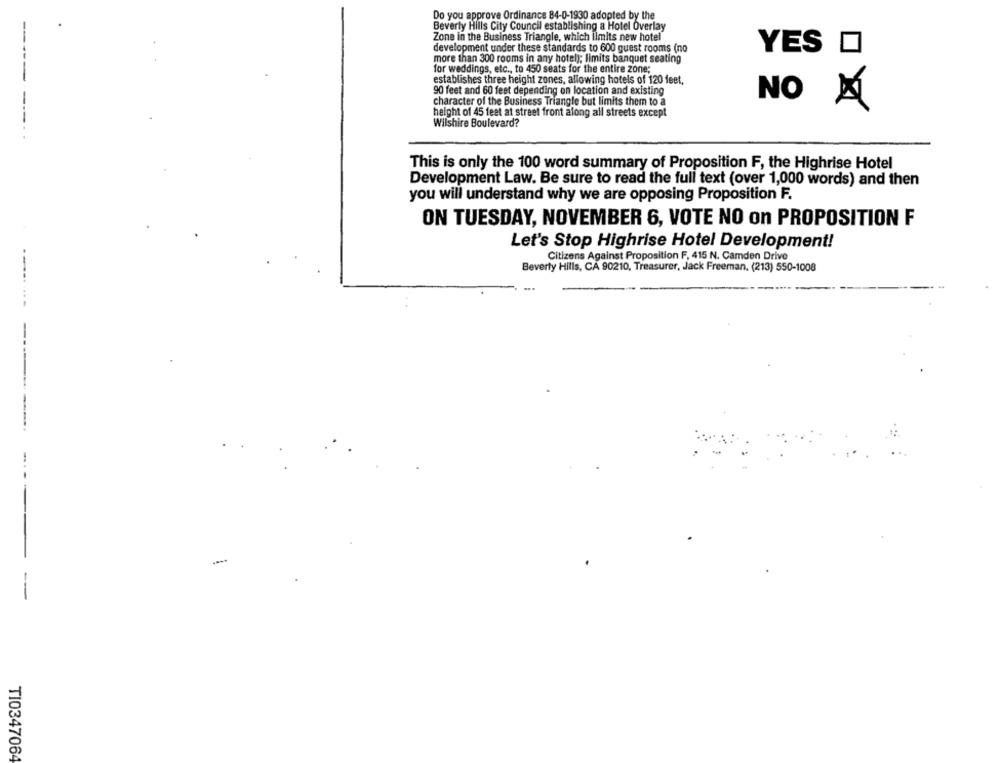
Do you approve Ordinance 84-0-1930 adopted by the
Beverly Hills City Council establishing a Hotel Overlay
Zone in the Business Triangle, which limits new hotel
development under these standards to 600 guest rooms (no
YES O
more than 300 rooms in any hotel); limits banquet seating
for weddings, etc ., to 450 seats for the entire zone;
establishes three height zones, allowing hotels of 120 feet,
90 feet and 60 feet depending on location and existing
character of the Business Triangle but limits them to a
NO Á
height of 45 feet at street front along all streets except
Wilshire Boulevard?
This is only the 100 word summary of Proposition F, the Highrise Hotel
Development Law. Be sure to read the full text (over 1,000 words) and then
you will understand why we are opposing Proposition F.
ON TUESDAY, NOVEMBER 6, VOTE NO on PROPOSITION F
Let's Stop Highrise Hotel Development!
Citizens Against Proposition F, 415 N. Camden Drive
Beverly Hills, CA 90210, Treasurer, Jack Freeman. (213) 550-1008
--... ....
-..
----
TI0347064